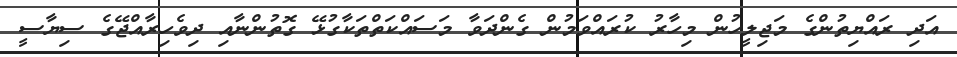
އަދި ރައްޔިތުންގެ މަޖިލީހުން މިހާރު ކުރައްވަމުން ގެންދަވާ މަސައްކަތްތަކާގުޅޭ ގޮތުންނާއި ދިވެހިރާއްޖޭގެ ސިޔާސީ